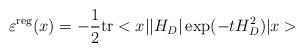
LaTeX: \begin{align*}\varepsilon^{\rm reg}(x)=-\frac{1}{2}{\rm tr}<x||H_D|\exp(-tH_D^2)|x>\end{align*}